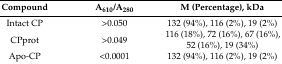
<table><thead><tr><td><b>Compound</b></td><td><b>A<sub>610</sub>/A<sub>280</sub></b></td><td><b>M (Percentage), kDa</b></td></tr></thead><tbody><tr><td>Intact CP</td><td>&gt;0.050</td><td>132 (94%), 116 (2%), 19 (2%) </td></tr><tr><td>CPprot</td><td>&gt;0.049</td><td>116 (18%), 72 (16%), 67 (16%), 52 (16%), 19 (34%)</td></tr><tr><td>Apo-CP</td><td>&lt;0.0001</td><td>132 (94%), 116 (2%), 19 (2%)</td></tr></tbody></table>